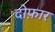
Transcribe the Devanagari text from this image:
दोफ़ार